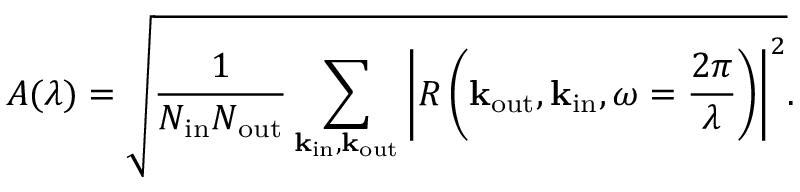
A ( \lambda ) = \sqrt { \frac { 1 } { N _ { \mathrm { i n } } N _ { \mathrm { o u t } } } \sum _ { { \bf k } _ { \mathrm { i n } } , { \bf k } _ { \mathrm { o u t } } } \left| R \left( { \bf k } _ { \mathrm { o u t } } , { \bf k } _ { \mathrm { i n } } , \omega = \frac { 2 \pi } { \lambda } \right) \right| ^ { 2 } } .